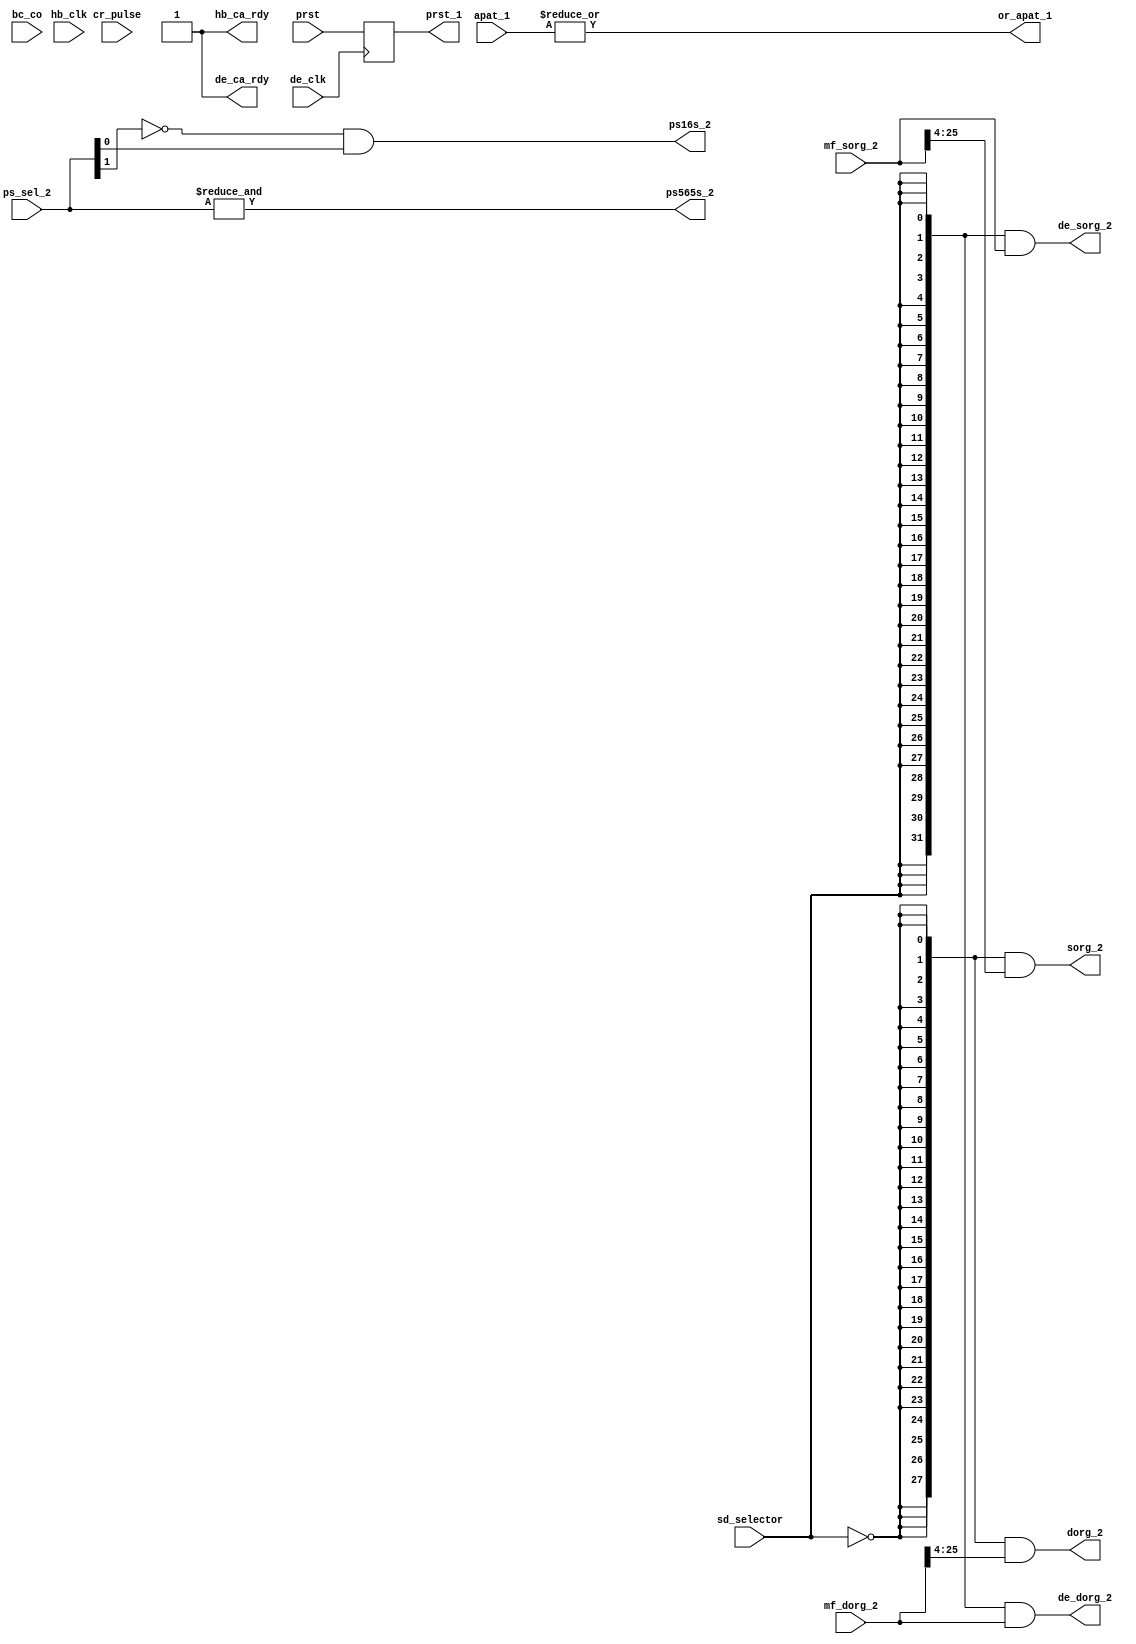
module der_misc
	(
	input		de_clk,		
	input		hb_clk,		
	input		prst,		
	input		cr_pulse,
	input [1:0] 	ps_sel_2,	
	input		bc_co,
	input [31:0] 	mf_sorg_2,      
	input [31:0] 	mf_dorg_2,      
	input [1:0] 	apat_1,
	input		sd_selector,	
	output	reg		prst_1,
	output 			hb_ca_rdy,
	output 			de_ca_rdy,
	output 			ps16s_2,
	output 			ps565s_2,
	output		[31:0]	de_sorg_2,      
	output		[31:0]	de_dorg_2,      
	output		[27:0]	sorg_2,         
	output		[27:0]	dorg_2,         
	output			or_apat_1
	);
  assign 	or_apat_1 = |apat_1;
  always @(posedge de_clk) prst_1 <= prst;
  assign 	ps16s_2  = ~ps_sel_2[1] &  ps_sel_2[0];
  assign 	ps565s_2 = &ps_sel_2[1:0];
  assign hb_ca_rdy = 1'b1;
  assign  de_ca_rdy = 1'b1;
  assign de_sorg_2 = {32{sd_selector}} & mf_sorg_2;
  assign de_dorg_2 = {32{sd_selector}} & mf_dorg_2;
  assign sorg_2 = {28{~sd_selector}} & {6'h0, mf_sorg_2[25:4]};
  assign dorg_2 = {28{~sd_selector}} & {6'h0, mf_dorg_2[25:4]};
endmodule